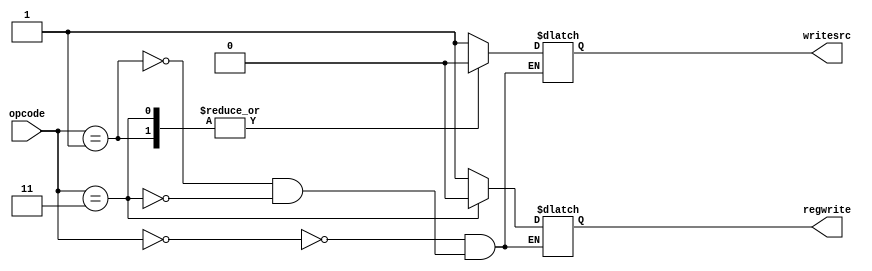

module control(
    input [1:0]opcode,
    output reg regwrite,
    output reg writesrc
    );

	 
	 
	 always@(opcode)
	 begin 
	 case(opcode)
	 2'b00: begin regwrite=1; writesrc=1;  end
	 2'b01: begin regwrite=1; writesrc=0;  end
	 2'b11: begin regwrite=0; writesrc=0;  end
	 endcase
	 end

endmodule